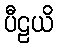
ပီဠယိ